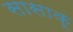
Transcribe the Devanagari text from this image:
सासाकू